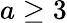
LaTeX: a\geq 3